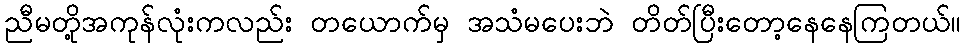
ညီမတို့အကုန်လုံးကလည်း တယောက်မှ အသံမပေးဘဲ တိတ်ပြီးတော့နေနေကြတယ်။